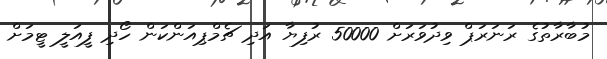
މުބާރާތުގެ ރަނަރަޕް ވިދުވަރަށް 50000 ރުފިޔާ އަދި ޗެމްޕިއަންކަން ހޯދި ފީއަލީ ޓީމަށް